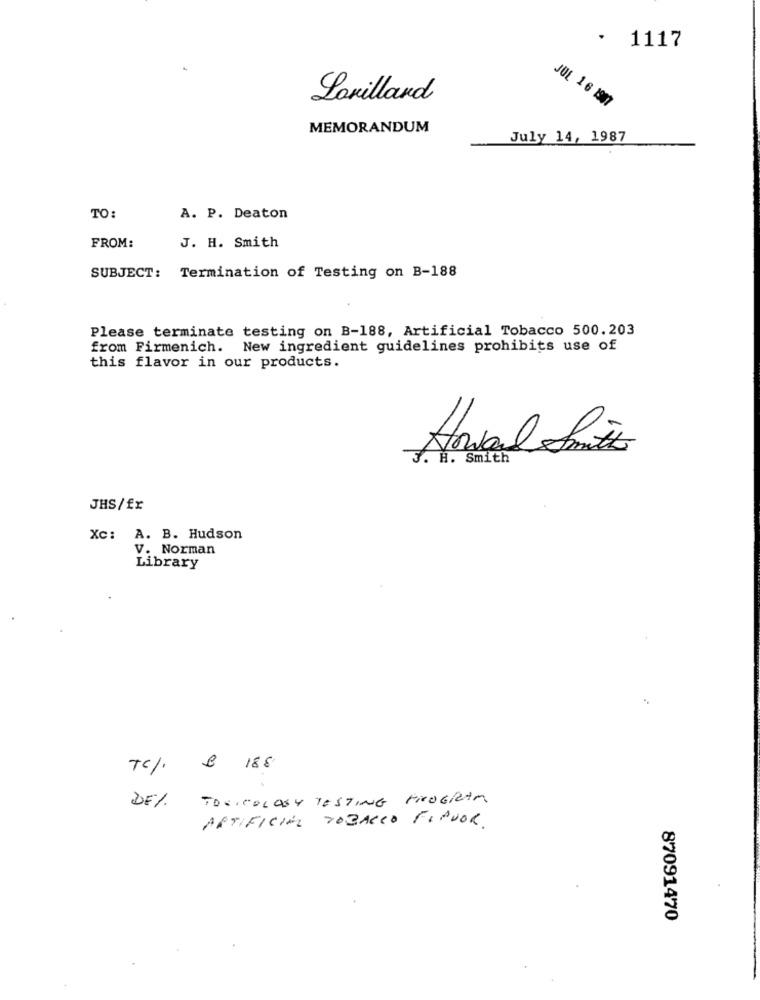
.
1117
Laxillard
JUL 1 6 1907
MEMORANDUM
July 14, 1987
TO:
A. P. Deaton
FROM:
J. H. Smith
SUBJECT: Termination of Testing on B-188
Please terminate testing on B-188, Artificial Tobacco 500.203
from Firmenich. New ingredient guidelines prohibits use of
this flavor in our products.
H. Smith
JHS/fr
Xc: A. B. Hudson
V. Norman
Library
Tcl. 8 188
DE1. TOXICOLOGY TESTING PROGRAM
ARTIFICIAL TOBACCO FLAVOR.
87091470